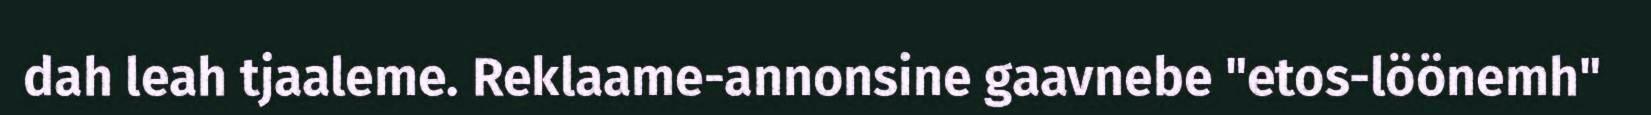
dah leah tjaaleme. Reklaame-annonsine gaavnebe "etos-löönemh"